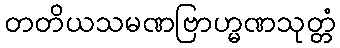
တတိယသမဏဗြာဟ္မဏသုတ္တံ